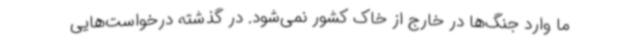
ما وارد جنگ‌ها در خارج از خاک کشور نمی‌شود. در گذشته درخواست‌هایی